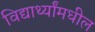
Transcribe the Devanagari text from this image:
विद्यार्थ्यांमधील